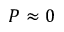
P \approx 0